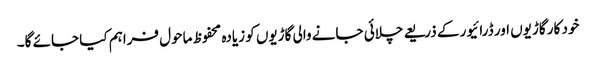
خود کار گاڑیوں اور ڈرائیور کے ذریعے چلائی جانے والی گاڑیوں کو زیادہ محفوظ ماحول فراہم کیا جائے گا۔